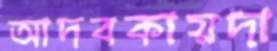
আদবকায়দা